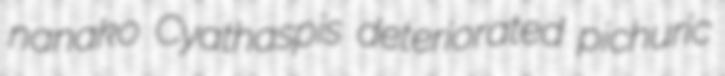
nanako Cyathaspis deteriorated pichuric